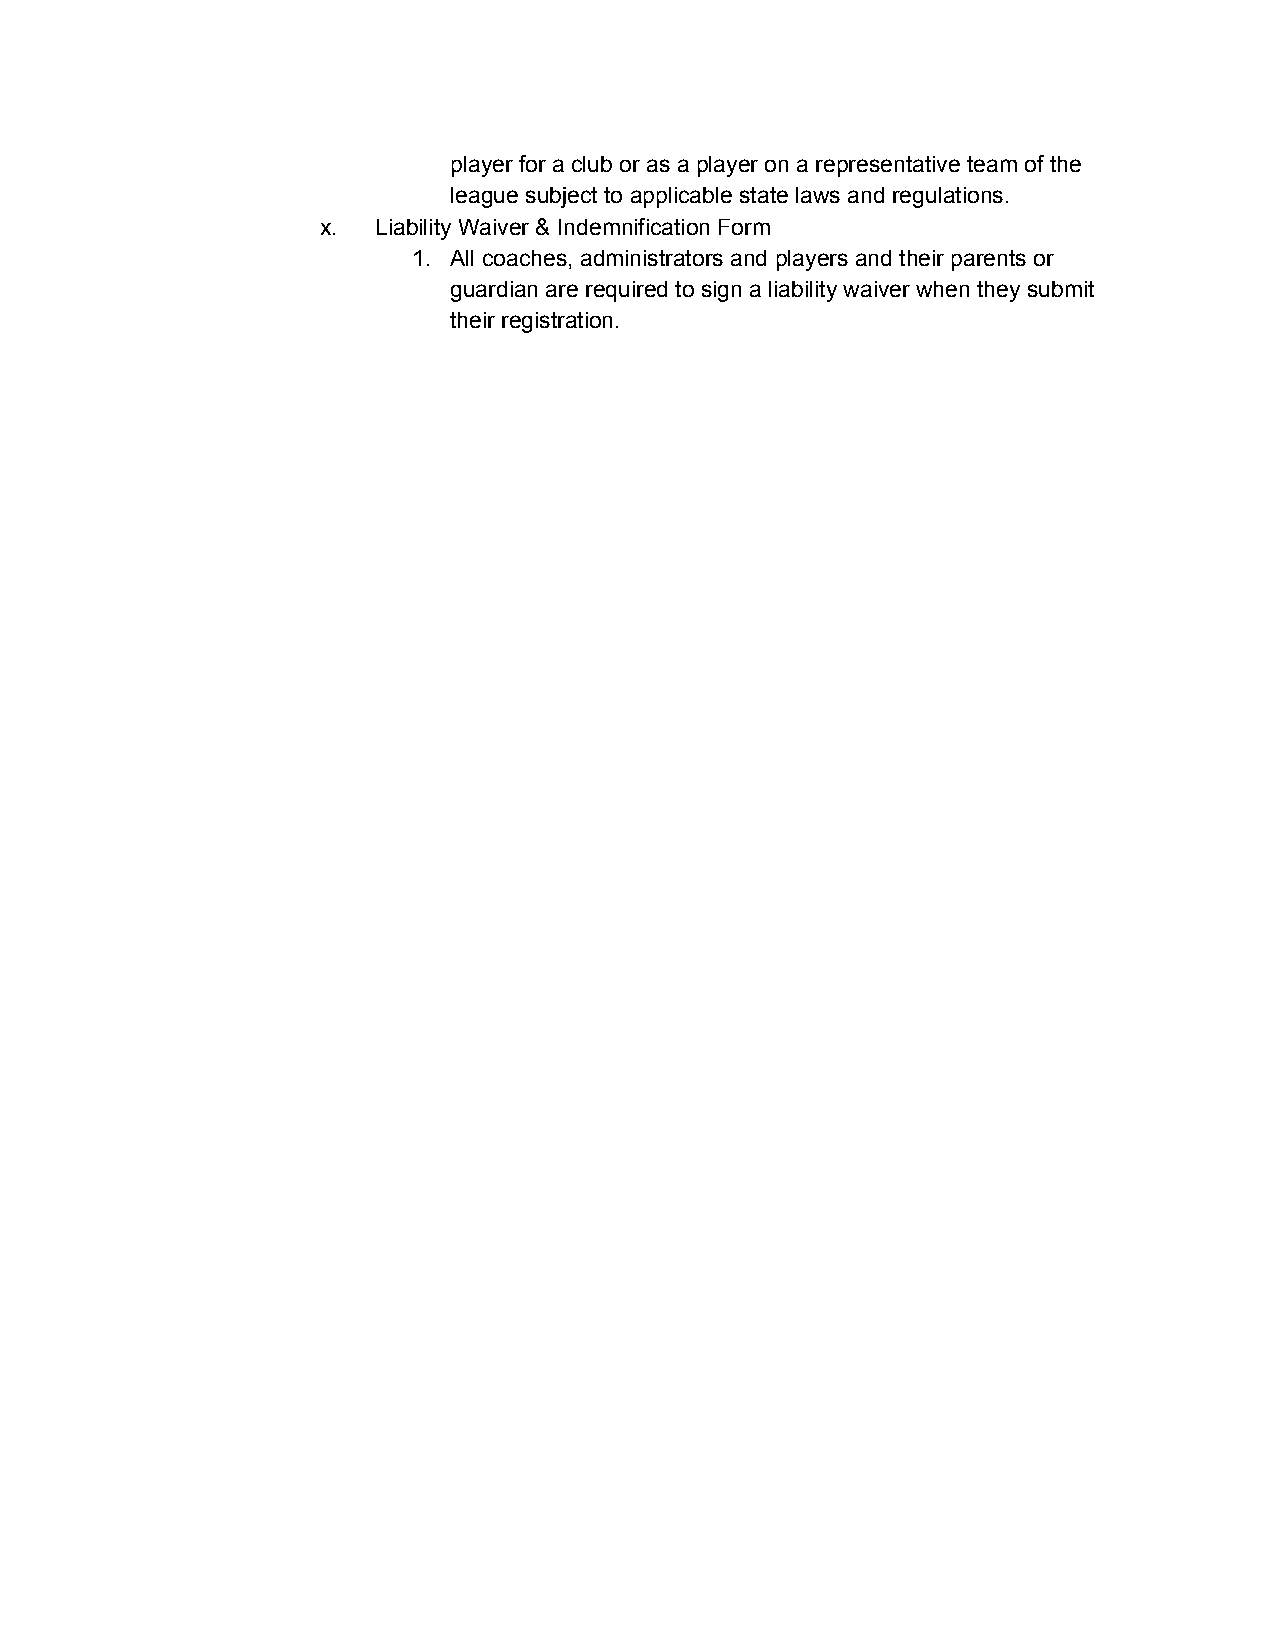
player for a club or as a player on a representative team of the
 league subject to applicable state laws and regulations.
 x.  Liability Waiver & Indemnification Form
 1. All coaches, administrators and players and their parents or
 guardian are required to sign a liability waiver when they submit
 their registration.